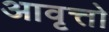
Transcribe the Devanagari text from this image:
आवृत्तो